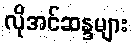
လိုအင်ဆန္ဒများ